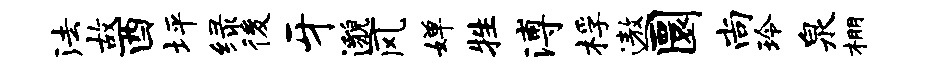
法故酉坪绿後牙邈风婵牲溥桴遨圜尚玲泉棚